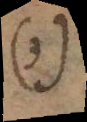
(3)